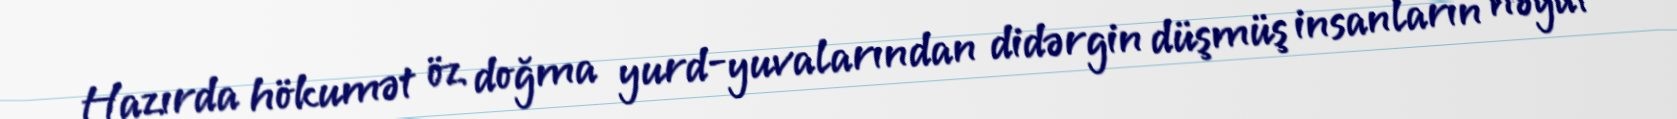
Hazırda hökumət öz doğma yurd-yuvalarından didərgin düşmüş insanların həyat